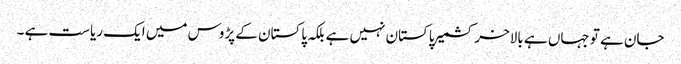
جان ہے تو جہاں ہے بالاخر کشمیر پاکستان نہیں ہے بلکہ پاکستان کے پڑوس میں ایک ریاست ہے ۔